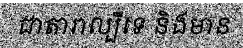
ជាតារាល្បីទេ និងមាន